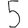
Digit: 5